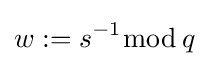
w:=s^{-1}{\bmod {\,}}q